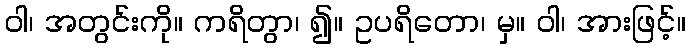
ဝါ၊ အတွင်းကို။ ကရိတွာ၊ ၍။ ဥပရိတော၊ မှ။ ဝါ၊ အားဖြင့်။